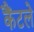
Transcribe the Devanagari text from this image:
कैंटले